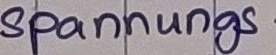
Text: spannungs-